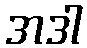
အဒါ